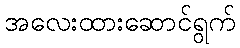
အလေးထားဆောင်ရွက်